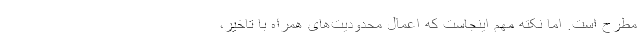
مطرح است. اما نکته مهم اینجاست که اعمال محدودیت‌های همراه با تاخیر،